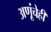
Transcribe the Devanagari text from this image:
अणूंचेही